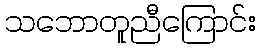
သဘောတူညီကြောင်း